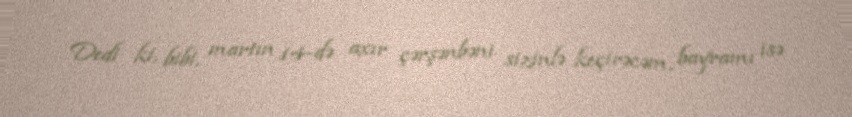
Dedi ki, bibi, martın 14-də axır çərşənbəni sizinlə keçirəcəm, bayramı isə